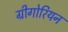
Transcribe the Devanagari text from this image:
ग्रीगोरियन